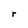
Character: r